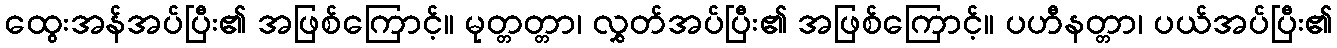
ထွေးအန်အပ်ပြီး၏ အဖြစ်ကြောင့်။ မုတ္တတ္တာ၊ လွှတ်အပ်ပြီး၏ အဖြစ်ကြောင့်။ ပဟီနတ္တာ၊ ပယ်အပ်ပြီး၏